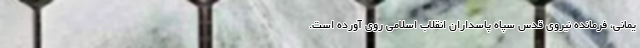
یمانی، فرمانده نیروی قدس سپاه پاسداران انقلاب اسلامی روی آورده است.